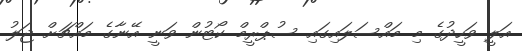
އަލީ ވަހީދުގެ މި މައްސަލައިގައި ސުޕްރީމް ކޯޓުން ވަނީ އޭނާގެ މައްޗަށް ޖަލު